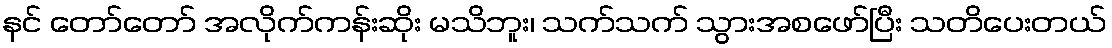
နင် တော်တော် အလိုက်ကန်းဆိုး မသိဘူး၊ သက်သက် သွားအစဖော်ပြီး သတိပေးတယ်